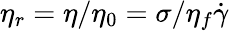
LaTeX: \eta_{r}=\eta/\eta_{0}=\sigma/\eta_{f}\dot{\gamma}